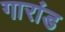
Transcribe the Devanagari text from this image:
गारांड